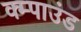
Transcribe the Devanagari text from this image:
क्म्पाउंड